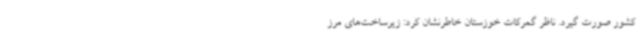
کشور صورت گیرد. ناظر گمرکات خوزستان خاطرنشان کرد: زیرساخت‌های مرز